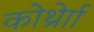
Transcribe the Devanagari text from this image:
कोर्थ्रेाा